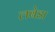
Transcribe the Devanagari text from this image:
लबेडा